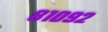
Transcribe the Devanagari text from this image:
८१०९२